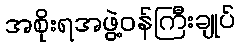
အစိုးရအဖွဲ့ဝန်ကြီးချုပ်